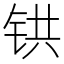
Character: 𫟹